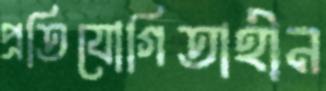
প্রতিযোগিতাহীন